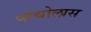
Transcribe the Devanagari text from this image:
पांचोलास